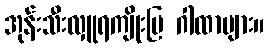
အုန်းသီးလှူရကျိုးပြ ဂါထာများ။